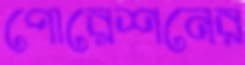
পোরেশনের